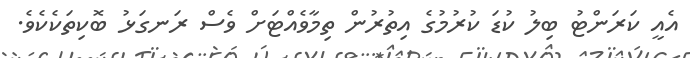
އެއީ ކަރަންޓު ބިލު ކުޑަ ކުރުމުގެ އިތުރުން ތިމާވެއްޓަށް ވެސް ރަނގަޅު ބޮކިތަކެކެވެ.